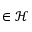
\in \mathcal { H }